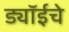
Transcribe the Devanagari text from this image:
ड्यॉईचे